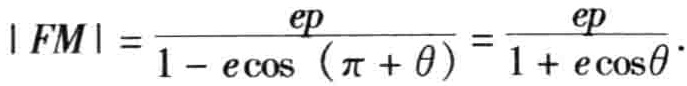
\(\vert FM\vert =\frac{ep}{1 - e\cos(\pi + \theta)}=\frac{ep}{1 + e\cos\theta}\)